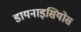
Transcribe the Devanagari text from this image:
डायनाइसियोस